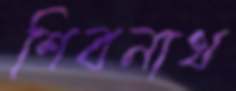
শিবনাথ